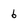
Character: 6